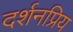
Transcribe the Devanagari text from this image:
दर्शनप्रिय